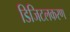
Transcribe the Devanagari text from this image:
डिजिटलकरण